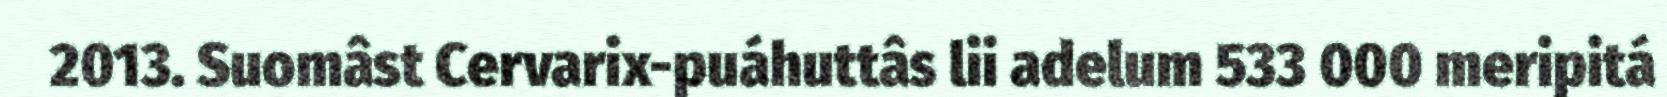
2013. Suomâst Cervarix-puáhuttâs lii adelum 533 000 meripitá